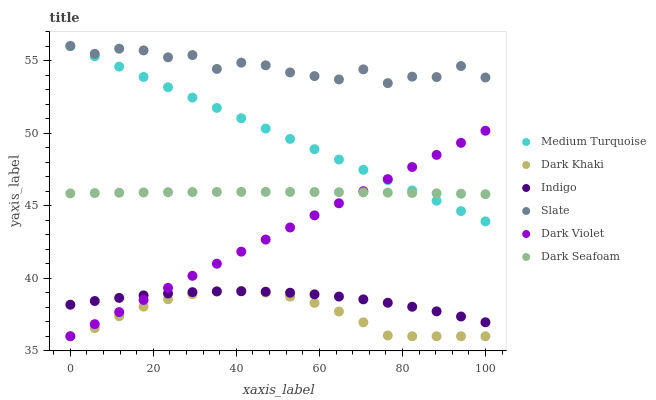
| xaxis_label | Medium Turquoise | Dark Khaki | Indigo | Slate | Dark Violet | Dark Seafoam |
 | --- | --- | --- | --- | --- | --- | --- |
 | 0 | 56 | 36 | 38.2 | 56 | 36 | 45.8 |
 | 5.88 | 55.3 | 36.6 | 38.4 | 55.5 | 36.8 | 45.9 |
 | 11.8 | 54.6 | 37.4 | 38.6 | 55.8 | 37.7 | 45.9 |
 | 17.6 | 53.9 | 38 | 38.8 | 55.7 | 38.5 | 45.9 |
 | 23.5 | 53.2 | 38.5 | 38.9 | 55.2 | 39.3 | 45.9 |
 | 29.4 | 52.4 | 38.9 | 39 | 55.4 | 40.2 | 45.9 |
 | 35.3 | 51.7 | 39.1 | 39.1 | 54.4 | 41 | 45.9 |
 | 41.2 | 51 | 39.1 | 39.1 | 54.9 | 41.8 | 45.9 |
 | 47.1 | 50.3 | 39 | 39.1 | 54.7 | 42.7 | 45.9 |
 | 52.9 | 49.6 | 38.7 | 39 | 54.2 | 43.5 | 45.9 |
 | 58.8 | 48.9 | 38.3 | 38.9 | 53.9 | 44.3 | 45.9 |
 | 64.7 | 48.2 | 37.7 | 38.7 | 53.7 | 45.2 | 45.9 |
 | 70.6 | 47.5 | 37 | 38.5 | 54.4 | 46 | 45.9 |
 | 76.5 | 46.8 | 36.1 | 38.3 | 53.4 | 46.8 | 45.9 |
 | 82.4 | 46 | 36 | 38 | 53.9 | 47.7 | 45.9 |
 | 88.2 | 45.3 | 36 | 37.7 | 53.9 | 48.5 | 45.9 |
 | 94.1 | 44.6 | 36 | 37.4 | 54.6 | 49.3 | 45.8 |
 | 100 | 43.9 | 36 | 37 | 53.8 | 50.2 | 45.8 |